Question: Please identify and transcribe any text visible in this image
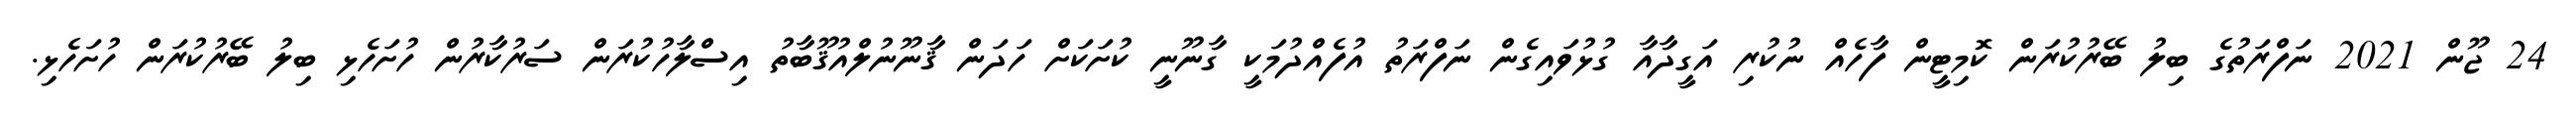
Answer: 24 ޖޫން 2021 ނަފްރަތުގެ ބިލު ބޭރުކުރަން ކޮމިޓީން ފާހެއް ނުކުރި އަގީދާއާ ގުޅުވައިގެން ނަފްރަތު އުފެއްދުމަކީ ގާނޫނީ ކުށަކަށް ހަދަން ޤާނޫނުލްއުޤޫބާތު އިސްލާހުކުރަން ސަރުކާރުން ހުށަހެޅި ބިލު ބޭރުކުރަން ހުށަހެޅި.